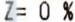
Z=0%